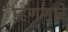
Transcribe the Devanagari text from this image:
म्हणणारे